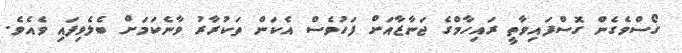
ގޯސްވެގެން ގޮސްފައިވާތީ ރައިހާމްގެ ޖަނާޒާއަށް ފަހުވެސް އެކަން ތަކުރާރު ވާނެކަމަށް ބެލެވިފައި ވެއެވެ.